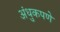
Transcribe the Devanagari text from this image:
अंधुकपणे